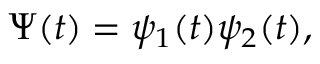
\Psi ( t ) = \psi _ { 1 } ( t ) \psi _ { 2 } ( t ) ,